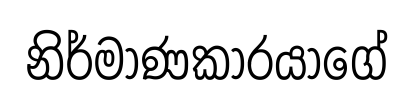
නිර්මාණකාරයාගේ